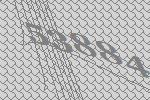
53884